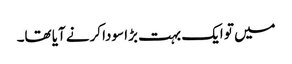
میں تو ایک بہت بڑا سودا کرنے آیا تھا۔